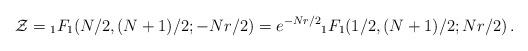
LaTeX: \begin{align*}{\cal Z} = {}_{1}F_{1}(N/2,(N+1)/2;-Nr/2)=e^{-Nr/2} {}_{1}F_{1} (1/2 , (N+1)/2 ; Nr/2)\, .\end{align*}